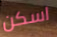
اسكن